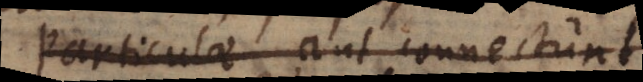
Particulae aut connectunt